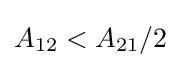
A_{12}<A_{21}/2